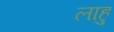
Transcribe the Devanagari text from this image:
लाहु